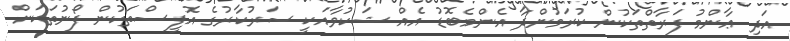
އަދި ޢާންމު ފަރާތްތަކުން ކުރަމުންދާ އެންމެބޮޑު އެއް ޝަކުވާއަކީ ސަރުކާރުގެ އޮފީސްތަކުން ފޯނުތަކަށް